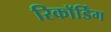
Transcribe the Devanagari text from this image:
रिकाॅर्डिंग